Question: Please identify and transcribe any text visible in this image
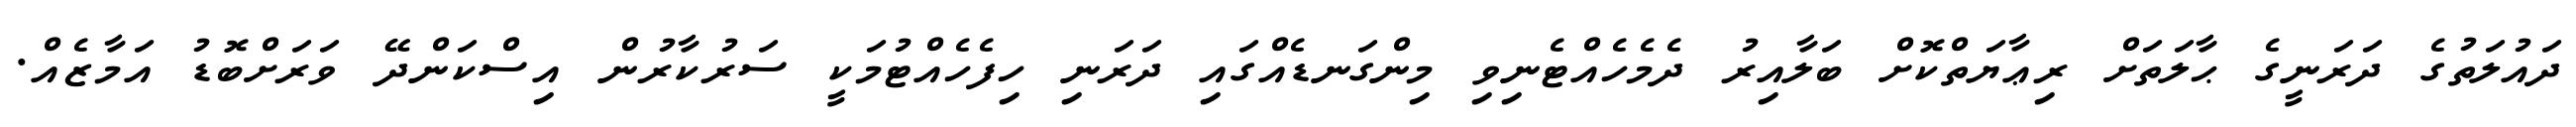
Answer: ދައުލަތުގެ ދަރަނީގެ ޙާލަތަށް ރިޢާޔަތްކޮށް ބަލާއިރު ދެމެހެއްޓެނިވި މިންގަނޑެއްގައި ދަރަނި ހިފެހެއްޓުމަކީ ސަރުކާރުން އިސްކަންދޭ ވަރަށްބޮޑު އަމާޒެއް.